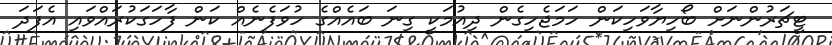
ޓީޗަރުންނަށް ބޯހިޔާވަހިކަން ހަމަޖެހިގެން ދިއުމަކީ ގިނަ ބައެއްގެ ހުވަފެނެއް ކަން ފާހަގަކުރައްވައި އެފަދަ